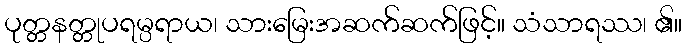
ပုတ္တနတ္တုပရမ္ပရာယ၊ သားမြေးအဆက်ဆက်ဖြင့်။ သံသာရဿ၊ ၏။